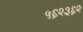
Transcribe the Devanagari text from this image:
५६२३६२